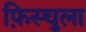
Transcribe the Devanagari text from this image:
फ़िस्चुला